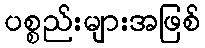
ပစ္စည်းများအဖြစ်